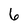
Character: 6